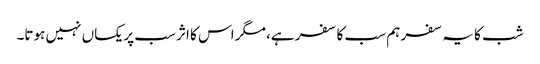
شب کا یہ سفر ہم سب کا سفر ہے، مگر اس کا اثر سب پر یکساں نہیں ہوتا۔